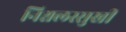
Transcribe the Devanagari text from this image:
निश्चलस्सुखी